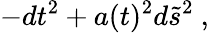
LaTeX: -dt^{2}+a(t)^{2}d\tilde{s}^{2}~,